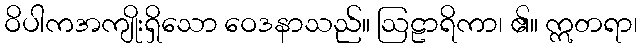
ဝိပါကအကျိုးရှိသော ဝေဒနာသည်။ ဩဠာရိကာ၊ ၏။ ဣတရာ၊